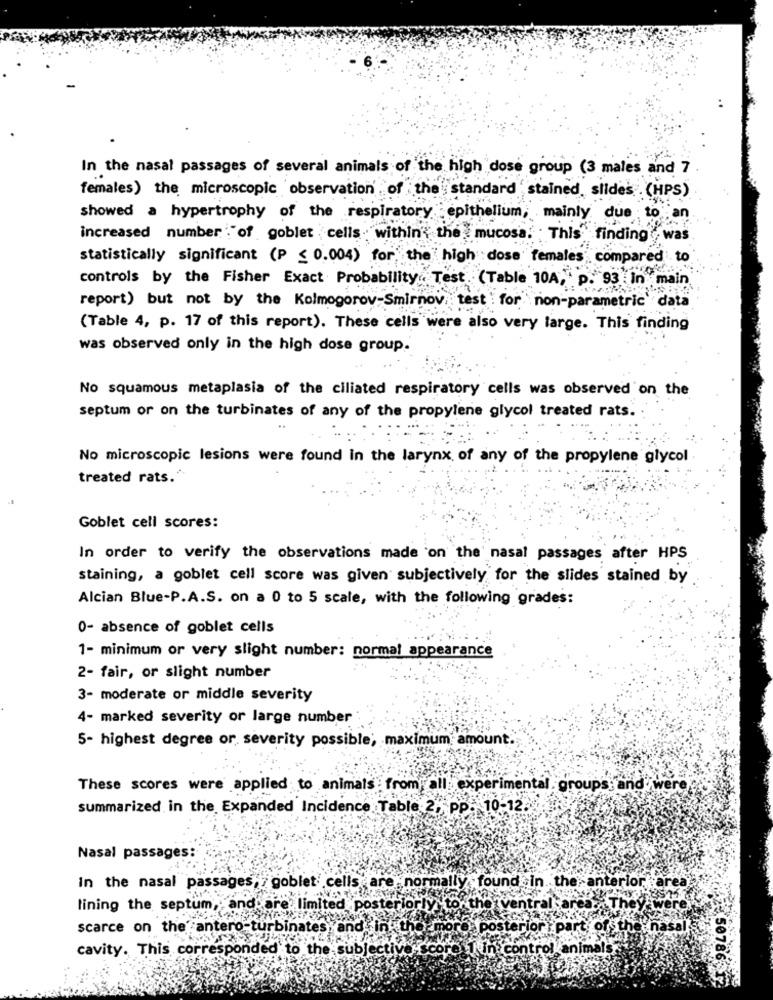
In the nasal passages of several animals of the high dose group (3 males and 7
females) the microscopic observation of the standard stained slides (HPS)
showed a hypertrophy of the respiratory epithelium, mainly due to an
increased number "of goblet cells . within the mucosa. This" finding was
statistically significant (P < 0.004) for the high dose females compared to
controls by the Fisher Exact Probability .. Test (Table 10A, " p. 93 in main"
report) but not by the Kolmogorov-Smirnov, test : for non-parametric' data
(Table 4, p. 17 of this report). These cells were also very large. This finding
was observed only in the high dose group.
No squamous metaplasia of the ciliated respiratory cells was observed on the
septum or on the turbinates of any of the propylene glycol treated rats.
No microscopic lesions were found In the larynx of any of the propylene glycol
treated rats."
Goblet cell scores:
In order to verify the observations made on the' nasal passages after HPS
staining, a goblet cell score was given subjectively for the slides stained by
Alcian Blue-P.A.S. on a 0 to 5 scale, with the following grades:
0- absence of goblet cells
1- minimum or very slight number: normal appearance
2- fair, or slight number
3- moderate or middle severity
4- marked severity or large number
5- highest degree or severity possible; maximum amount.
These scores were applied to animals : from all experimental groups; and were
summarized in the Expanded Incidence Table 2, pp. 10-12.
Nasal passages:
In the nasal passages, 7 goblet cells are normally found in the anterior area
lining the septum ,, and are limited posteriorly tort
tver
alsa
They
scarce on the antero-turbinates, and in the more posterior: party
they
cavity. This corresponded to the subjectiv
AScor
1 in control animal
507861